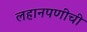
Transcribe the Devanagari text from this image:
लहानपणीची